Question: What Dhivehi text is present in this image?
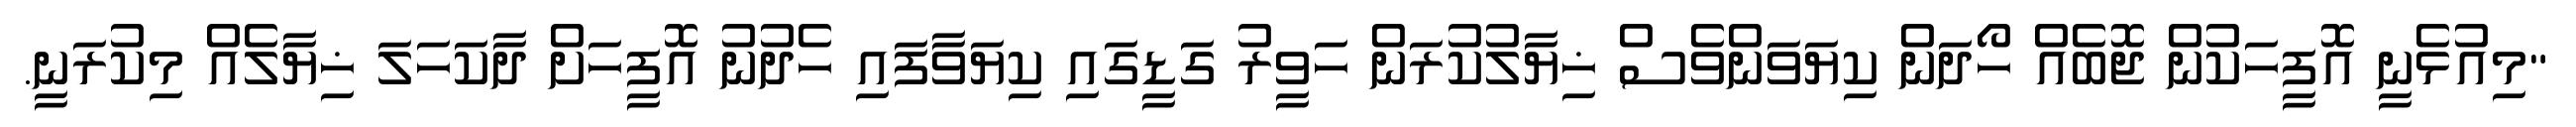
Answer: "މިއުޅެނީ އޮފީހަކުން ޖޮބެއް ހޯދަން ކިޔަވަންވެސް ޚިޔާލުކުރަން ހަވީރު ގަޑީގައި ކިޔަވާފައި ހެދުނު އޮފީހަށް ދާކަހަލަ ޚިޔާލެއް މިކުރަނީ.